system: You are a helpful assistant.
user:
Analyze the provided spectrum to determine if it is a **"Cataclysmic Variables (CV)"**.

- **Key Indicators for CV (Check for either state):**
    - **State 1: Quiescent / Low-State (Emission-Dominated)**
        - **(Primary):** Strong and *very broad* Hydrogen Balmer emission lines (e.g., $H\alpha$ at 6563 Å, $H\beta$ at 4861 Å). The 'broadness' (high velocity dispersion, often FWHM > 1000 km/s) is the key diagnostic, indicating a high-velocity accretion disk.
        - **(Secondary):** Broad neutral Helium (He I) emission lines (e.g., 5876 Å, 6678 Å).
        - **(Key Confirmation):** Presence of high-excitation *ionized* Helium (He II) emission at 4686 Å. This is a strong indicator of accretion onto a white dwarf.
        - **(Line Profile):** Emission lines may exhibit a 'double-peaked' profile, which is a classic signature of a rotating accretion disk viewed at high inclination.

    - **State 2: Outburst / High-State (Absorption-Dominated)**
        - **(Primary):** Spectrum is dominated by a bright, blue continuum (looks like a hot star).
        - **(Secondary):** The emission lines from State 1 are weak, absent, or 'filled in', and are replaced by broad, shallow *absorption* lines (primarily Balmer and He I).
        - **(Morphology):** The overall spectrum mimics a hot B/A-type star. The crucial difference is that the absorption lines are significantly broader, shallower, and more 'washed-out' (or 'smeared') than the sharp lines of a normal stellar photosphere, due to high rotational speeds and pressure broadening in the disk.

Think first, call **spectral_visualization_tool** if needed to examine features in detail, then provide your final answer. Your response must adhere to the following strict rules:
1.  **Overall Structure:** Your response must follow the format `<think>...</think> <tool_call>...</tool_call> (if a tool is used) <answer>...</answer>`.
2.  **Tool Usage Constraint:** You may only make **one** tool call per turn.
3.  **Final Answer Format:** In the `<answer>` tag, your conclusion must be inside a `\boxed{}` command (e.g., `\boxed{YES}`), followed by your justification.

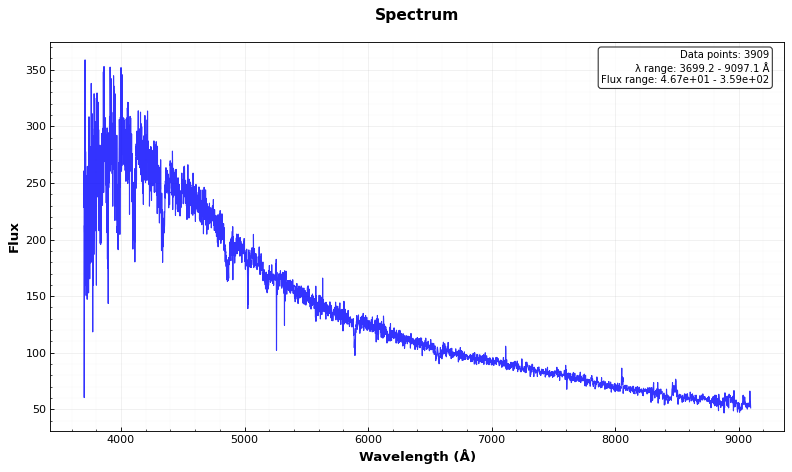
Answer: YES